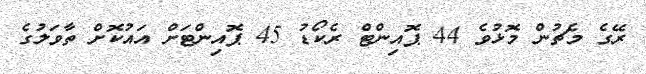
ރޭގެ މެޗުން މޮޅުވެ 44 ޕޮއިންޓް ރެކޯޑު 45 ޕޮއިންޓަށް އައުކޮށް ތާވަލުގެ